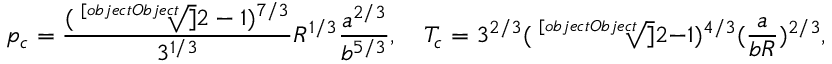
p _ { c } = { \frac { ( { \sqrt [ [object Object] ] { 2 } } - 1 ) ^ { 7 / 3 } } { 3 ^ { 1 / 3 } } } R ^ { 1 / 3 } { \frac { a ^ { 2 / 3 } } { b ^ { 5 / 3 } } } , \quad T _ { c } = 3 ^ { 2 / 3 } ( { \sqrt [ [object Object] ] { 2 } } - 1 ) ^ { 4 / 3 } ( { \frac { a } { b R } } ) ^ { 2 / 3 } , \qquad V _ { m , c } = { \frac { b } { { \sqrt [ [object Object] ] { 2 } } - 1 } } , \qquad Z _ { c } = { \frac { 1 } { 3 } }